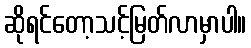
ဆိုရင်တော့သင့်မြတ်လာမှာပါ။